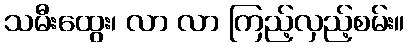
သမီးထွေး၊ လာ လာ ကြည့်လှည့်စမ်း။